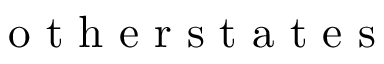
\mathrm { ~ o ~ t ~ h ~ e ~ r ~ s ~ t ~ a ~ t ~ e ~ s ~ }